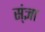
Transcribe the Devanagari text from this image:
स्ंज्ञा